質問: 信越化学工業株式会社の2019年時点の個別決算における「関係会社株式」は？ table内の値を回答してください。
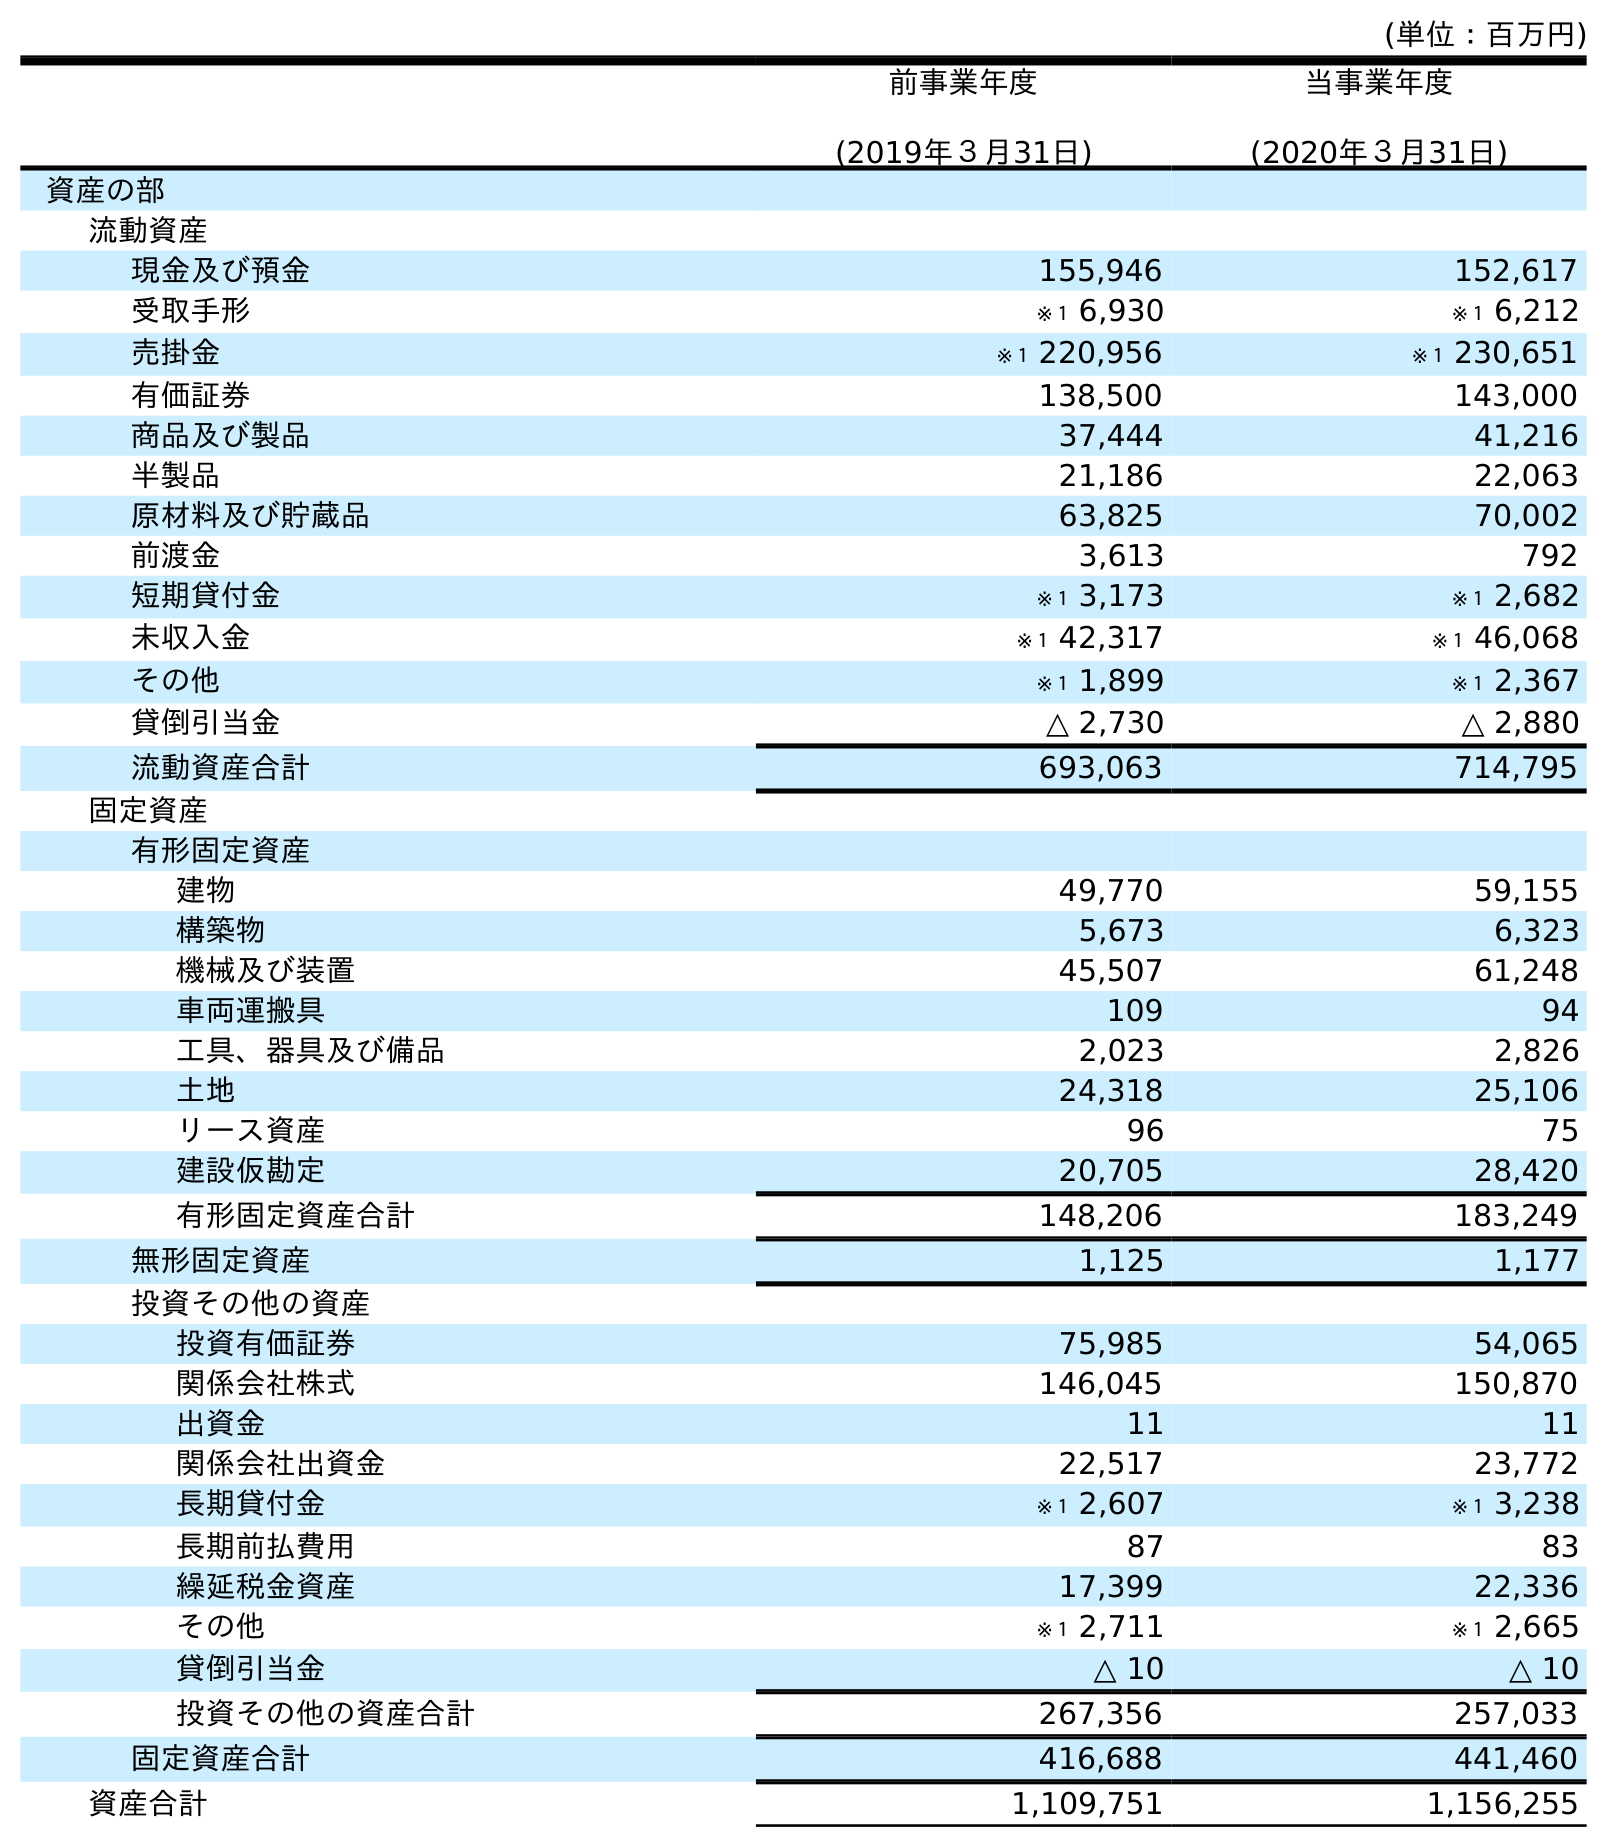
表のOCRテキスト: (単位：百万円) 前事業年度 (2019年３月31日) 当事業年度 (2020年３月31日) 資産の部 流動資産 現金及び預金 155,946 152,617 受取手形 ※１ 6,930 ※１ 6,212 売掛金 ※１ 220,956 ※１ 230,651 有価証券 138,500 143,000 商品及び製品 37,444 41,216 半製品 21,186 22,063 原材料及び貯蔵品 63,825 70,002 前渡金 3,613 792 短期貸付金 ※１ 3,173 ※１ 2,682 未収入金 ※１ 42,317 ※１ 46,068 その他 ※１ 1,899 ※１ 2,367 貸倒引当金 △ 2,730 △ 2,880 流動資産合計 693,063 714,795 固定資産 有形固定資産 建物 49,770 59,155 構築物 5,673 6,323 機械及び装置 45,507 61,248 車両運搬具 109 94 工具、器具及び備品 2,023 2,826 土地 24,318 25,106 リース資産 96 75 建設仮勘定 20,705 28,420 有形固定資産合計 148,206 183,249 無形固定資産 1,125 1,177 投資その他の資産 投資有価証券 75,985 54,065 関係会社株式 146,045 150,870 出資金 11 11 関係会社出資金 22,517 23,772 長期貸付金 ※１ 2,607 ※１ 3,238 長期前払費用 87 83 繰延税金資産 17,399 22,336 その他 ※１ 2,711 ※１ 2,665 貸倒引当金 △ 10 △ 10 投資その他の資産合計 267,356 257,033 固定資産合計 416,688 441,460 資産合計 1,109,751 1,156,255
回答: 146,045